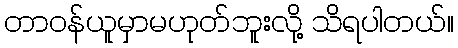
တာဝန်ယူမှာမဟုတ်ဘူးလို့ သိရပါတယ်။